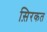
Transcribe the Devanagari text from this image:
स़िरकत